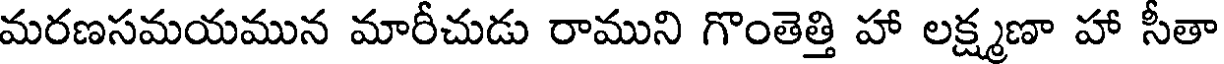
మరణసమయమున మారీచుడు రాముని గొంతెత్తి హా లక్ష్మణా హా సీతా